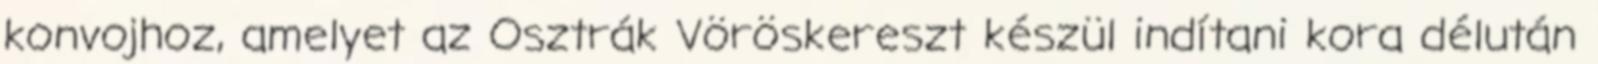
konvojhoz, amelyet az Osztrák Vöröskereszt készül indítani kora délután